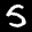
Label: 5